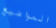
المواضيع